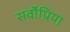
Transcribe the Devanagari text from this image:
सर्वोप्रिया